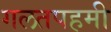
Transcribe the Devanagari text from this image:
गलतपहमी